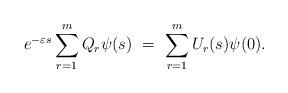
LaTeX: \begin{align*}e^{-\varepsilon s}\sum_{r=1}^m Q_r\psi(s) \ = \ \sum_{r=1}^m U_r(s)\psi(0).\end{align*}